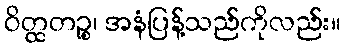
ဝိတ္ထတဉ္စ၊ အနံပြန့်သည်ကိုလည်း။